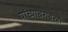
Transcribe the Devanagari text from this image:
यांच्याबरोबरही